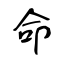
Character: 命